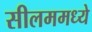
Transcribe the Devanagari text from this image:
सीलममध्ये